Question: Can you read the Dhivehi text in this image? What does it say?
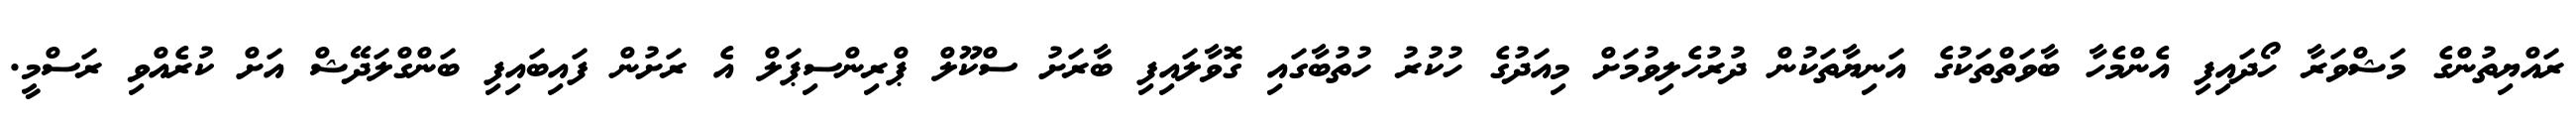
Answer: ރައްޔިތުންގެ މަޝްވަރާ ހޯދައިފި އެންމެހާ ބާވަތްތަކުގެ އަނިޔާތަކުން ދުރުހެލިވުމަށް މިއަދުގެ ހުކުރު ހުތުބާގައި ގޮވާލައިފި ބާރަށު ސްކޫލް ޕްރިންސިޕަލް އެ ރަށުން ފައިބައިފި ބަންގްލަދޭޝް އަށް ކުރެއްވި ރަސްމީ.